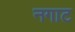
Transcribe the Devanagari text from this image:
नगाट